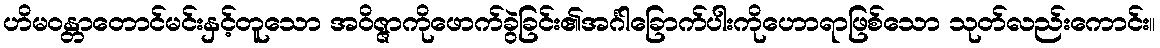
ဟိမဝန္တာတောင်မင်းနှင့်တူသော အဝိဇ္ဇာကိုဖောက်ခွဲခြင်း၏အင်္ဂါခြောက်ပါးကိုဟောရာဖြစ်သော သုတ်လည်းကောင်း။